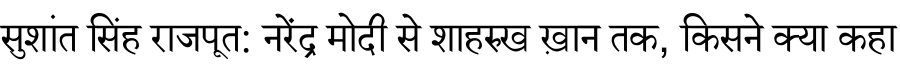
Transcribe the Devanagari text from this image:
सुशांत सिंह राजपूत: नरेंद्र मोदी से शाहरुख ख़ान तक, किसने क्या कहा